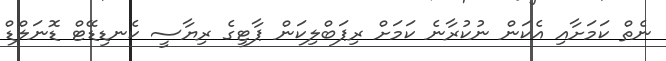
ނެތް ކަމަށާއި އެކަން ނުކުރާނެ ކަމަށް ރިޕަބްލިކަން ޕާޓީގެ ރިޔާސީ ކެނޑިޑޭޓް ޑޮނަލްޑް